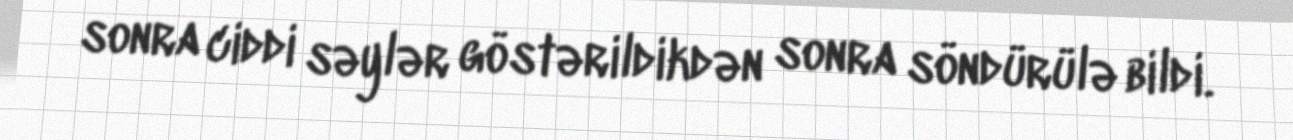
sonra ciddi səylər göstərildikdən sonra söndürülə bildi.